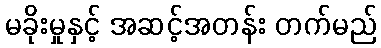
မခိုးမှုနှင့် အဆင့်အတန်း တက်မည်